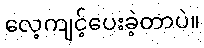
လေ့ကျင့်ပေးခဲ့တာပဲ။